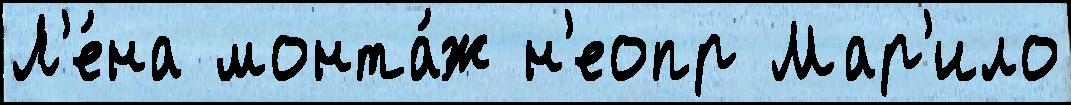
Л'е́на монта́ж н'еопр Мар'ило